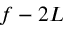
f - 2 L